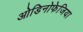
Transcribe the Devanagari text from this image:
ओडिनोफेजिया